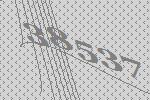
38537